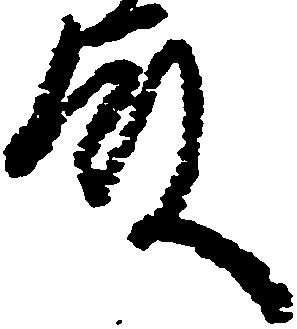
殿